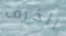
الخرف